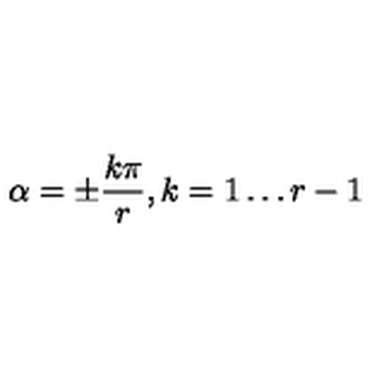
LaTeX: \alpha = \pm \displaystyle \frac { k \pi } { r } , k = 1 \ldots r - 1 \,